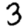
Digit: 3